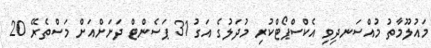
މައުލޫމާތު މުއްސަނދިވި އެކްސްޕޯޓްކުރި މުދަލުގެ އަގު 31 ޕަސެންޓް ދަށަށްއަށް މަސްތެރޭ 20